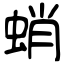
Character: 蛸